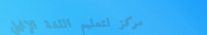
مركز لتعليم اللغة الإنجلي